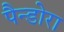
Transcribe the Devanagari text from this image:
पैन्डोरा